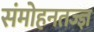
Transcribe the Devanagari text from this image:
संमोहनतज्‍ज्ञ